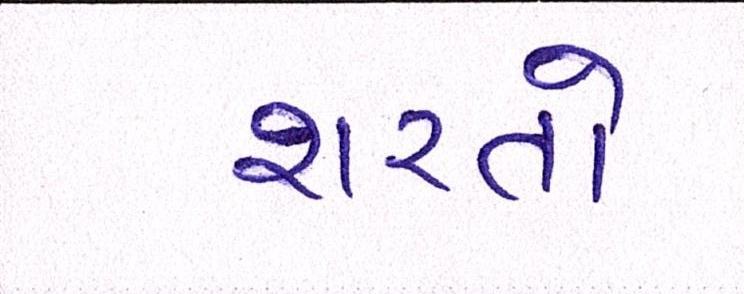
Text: શરતો